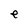
Character: e